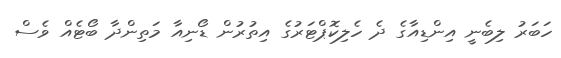
ހަބަރު ލިބެނީ އިންޑިއާގެ ދެ ހެލިކޮޕްޓަރުގެ އިތުރުން ޑޯނިއާ މަތިންދާ ބޯޓެއް ވެސް